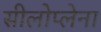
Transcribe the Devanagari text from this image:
सीलोप्लेना